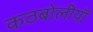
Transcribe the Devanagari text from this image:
कठबोलीयाँ